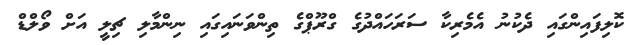
ކޮލިފައިންގައި ދެކުނު އެމެރިކާ ސަރަހައްދުގެ ގްރޫޕްގެ ތިންވަނައިގައި ނިންމާލި ޗިލީ އަށް ވޯލްޑް